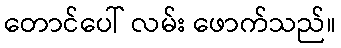
တောင်ပေါ် လမ်း ဖောက်သည်။